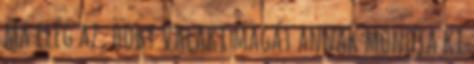
ma elég az, hogy valaki magát annak mondja ki